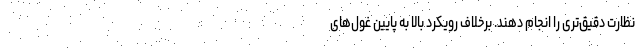
نظارت دقیق‌تری را انجام دهند. برخلاف رویکرد بالا به پایین غول‌های